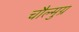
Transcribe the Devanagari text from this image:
चौल्मुग्र